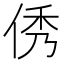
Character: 𠉑